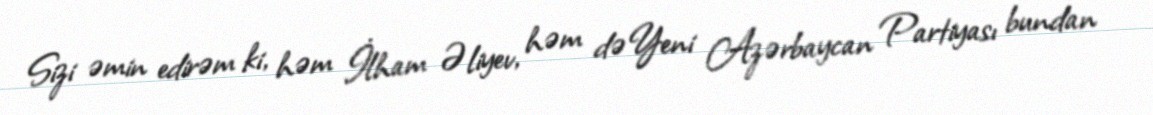
Sizi əmin edirəm ki, həm İlham Əliyev, həm də Yeni Azərbaycan Partiyası bundan